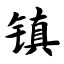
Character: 镇